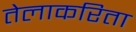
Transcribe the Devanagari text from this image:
तेलाकरिता